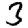
Digit: 3